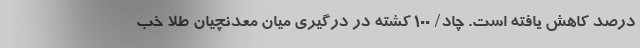
درصد کاهش یافته است. چاد/ 100 کشته در درگیری میان معدنچیان طلا خب